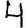
Digit: 4